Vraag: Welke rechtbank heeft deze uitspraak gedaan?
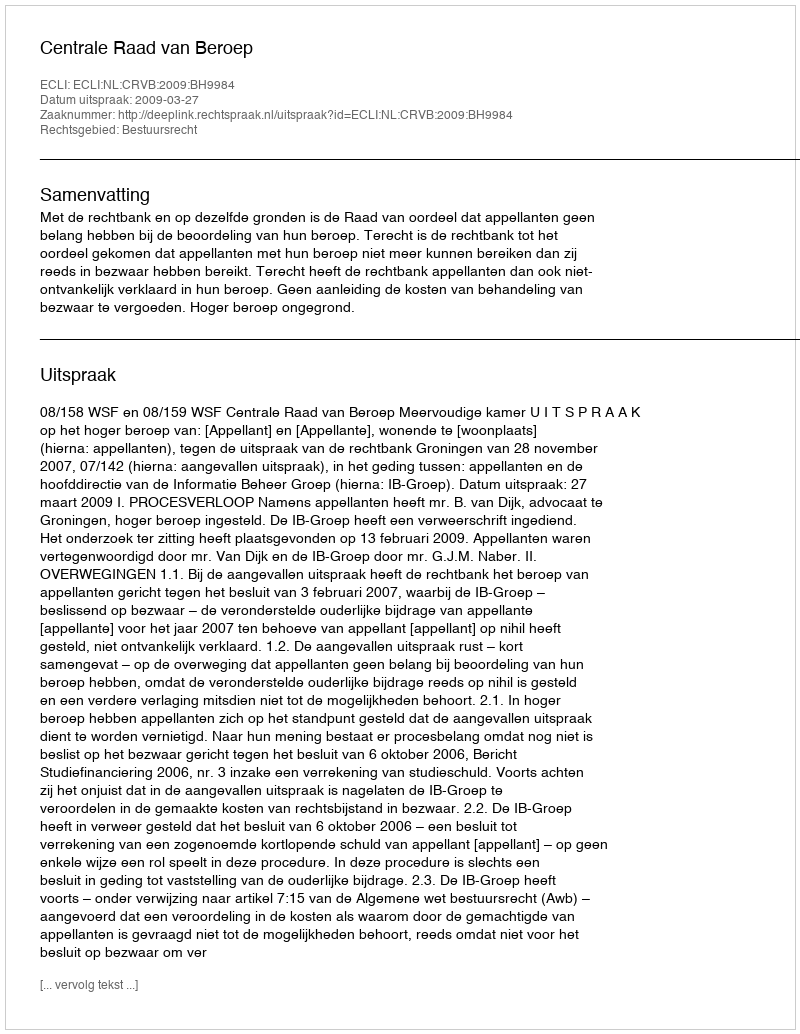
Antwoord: Centrale Raad van Beroep